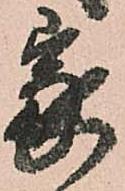
家